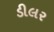
ડીલર